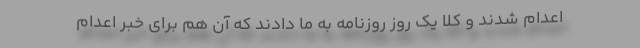
اعدام شدند و كلا یك روز روزنامه به ما دادند كه آن هم برای خبر اعدام